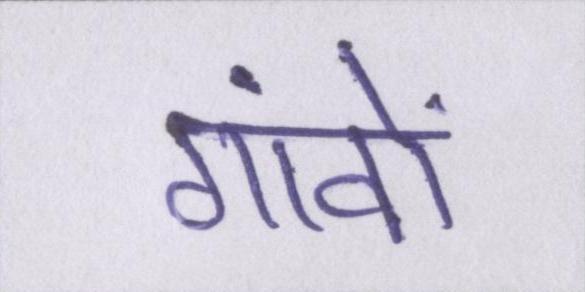
गांवों